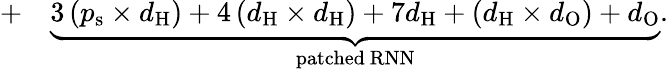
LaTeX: \begin{array}{rl}{+}&{{}\underbrace{3\left(p_{\mathrm{s}}\times d_{\mathrm{H}}\right)+4\left(d_{\mathrm{H}}\times d_{\mathrm{H}}\right)+7d_{\mathrm{H}}+\left(d_{\mathrm{H}}\times d_{\mathrm{O}}\right)+d_{\mathrm{O}}}_{\mathrm{patched}\ \mathrm{RNN}}.}\end{array}